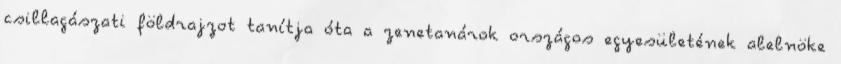
csillagászati földrajzot tanítja óta a zenetanárok országos egyesületének alelnöke